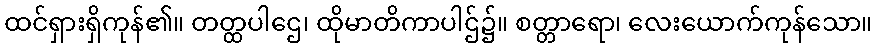
ထင်ရှားရှိကုန်၏။ တတ္ထပါဌေ၊ ထိုမာတိကာပါဌ်၌။ စတ္တာရော၊ လေးယောက်ကုန်သော။